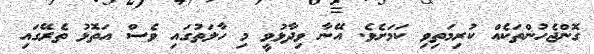
ގޮންޖެހުންތަކެއް ކުރިމަތިވި ކަމަށެވެ. އޭނާ ވިދާޅުވީ މި ހާލަތުގައި ވެސް އަތޮޅު ތެރޭގައި